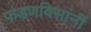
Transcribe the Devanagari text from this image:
फडणविसांनीं